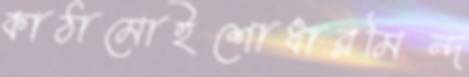
কাঠামোইশোধারমিন্দ